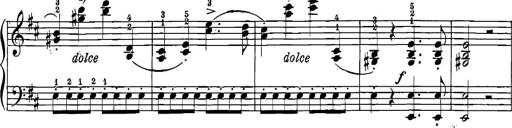
Title: 12 Sonatinas
Composer: Ignaz Pleyel